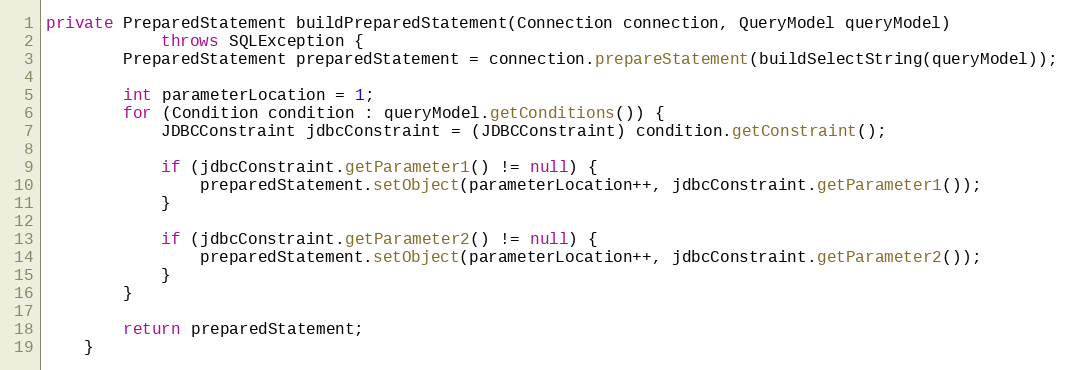
Language: Java
private PreparedStatement buildPreparedStatement(Connection connection, QueryModel queryModel)
            throws SQLException {
        PreparedStatement preparedStatement = connection.prepareStatement(buildSelectString(queryModel));

        int parameterLocation = 1;
        for (Condition condition : queryModel.getConditions()) {
            JDBCConstraint jdbcConstraint = (JDBCConstraint) condition.getConstraint();

            if (jdbcConstraint.getParameter1() != null) {
                preparedStatement.setObject(parameterLocation++, jdbcConstraint.getParameter1());
            }

            if (jdbcConstraint.getParameter2() != null) {
                preparedStatement.setObject(parameterLocation++, jdbcConstraint.getParameter2());
            }
        }

        return preparedStatement;
    }